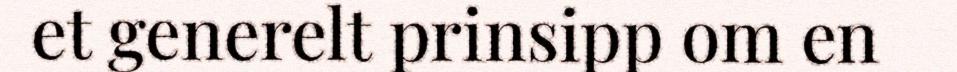
et generelt prinsipp om en